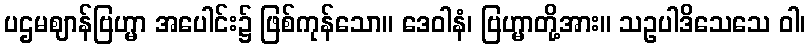
ပဌမဈာန်ဗြဟ္မာ အပေါင်း၌ ဖြစ်ကုန်သော။ ဒေဝါနံ၊ ဗြဟ္မာတို့အား။ သဥပါဒိသေသေ ဝါ၊